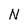
Character: N